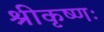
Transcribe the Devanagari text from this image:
श्रीकृष्णः